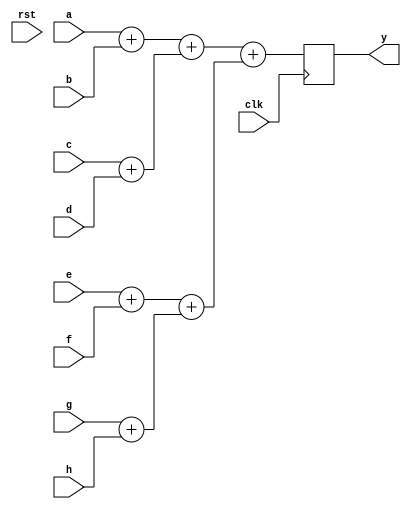
/* Generated by Yosys 0.5+ (git sha1 f13e387, gcc 5.3.1-8ubuntu2 -O2 -fstack-protector-strong -fPIC -Os) */

(* top =  1  *)
(* src = "adder_tree.v:3" *)
module adder_tree(a, b, c, d, e, f, g, h, clk, rst, y);
  (* src = "adder_tree.v:11" *)
  wire [8:0] _00_;
  (* src = "adder_tree.v:11" *)
  wire [8:0] _01_;
  (* src = "adder_tree.v:11" *)
  wire [8:0] _02_;
  (* src = "adder_tree.v:11" *)
  wire [8:0] _03_;
  (* src = "adder_tree.v:11" *)
  wire [9:0] _04_;
  (* src = "adder_tree.v:11" *)
  wire [9:0] _05_;
  (* src = "adder_tree.v:11" *)
  wire [10:0] _06_;
  (* src = "adder_tree.v:3" *)
  input [7:0] a;
  (* src = "adder_tree.v:3" *)
  input [7:0] b;
  (* src = "adder_tree.v:3" *)
  input [7:0] c;
  (* src = "adder_tree.v:4" *)
  input clk;
  (* src = "adder_tree.v:3" *)
  input [7:0] d;
  (* src = "adder_tree.v:3" *)
  input [7:0] e;
  (* src = "adder_tree.v:3" *)
  input [7:0] f;
  (* src = "adder_tree.v:3" *)
  input [7:0] g;
  (* src = "adder_tree.v:3" *)
  input [7:0] h;
  (* src = "adder_tree.v:9" *)
  reg [10:0] i31;
  (* src = "adder_tree.v:4" *)
  input rst;
  (* src = "adder_tree.v:5" *)
  output [10:0] y;
  assign _00_ = a + (* src = "adder_tree.v:22" *) b;
  assign _01_ = c + (* src = "adder_tree.v:23" *) d;
  assign _02_ = e + (* src = "adder_tree.v:24" *) f;
  assign _03_ = g + (* src = "adder_tree.v:25" *) h;
  assign _04_ = _00_ + (* src = "adder_tree.v:26" *) _01_;
  assign _05_ = _02_ + (* src = "adder_tree.v:27" *) _03_;
  assign _06_ = _04_ + (* src = "adder_tree.v:28" *) _05_;
  always @(posedge clk)
      i31 <= _06_;
  assign y = i31;
endmodule